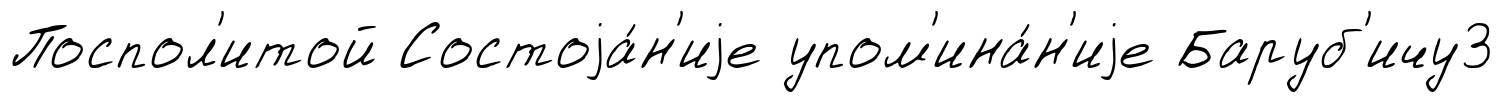
Поспол'итой Состоjа́н'иjе упом'ина́н'иjе Баруб'ичу3